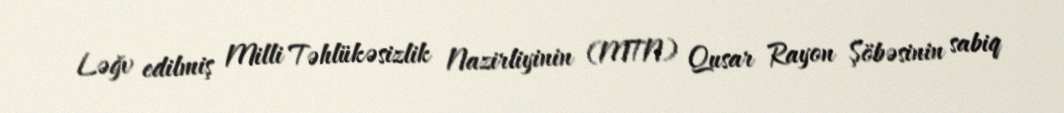
Ləğv edilmiş Milli Təhlükəsizlik Nazirliyinin (MTN) Qusar Rayon Şöbəsinin sabiq